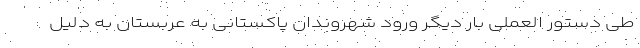
طی دستور العملی بار دیگر ورود شهروندان پاکستانی به عربستان به دلیل